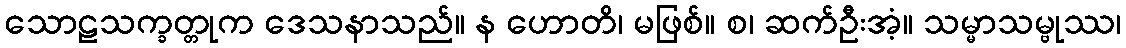
သောဠသက္ခတ္တုက ဒေသနာသည်။ န ဟောတိ၊ မဖြစ်။ စ၊ ဆက်ဦးအံ့။ သမ္မာသမ္ဗုဿ၊